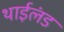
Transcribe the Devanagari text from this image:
थाईलंड